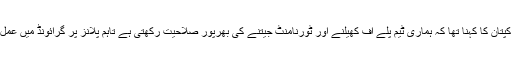
زلمی کے کپتان کا کہنا تھا کہ ہماری ٹیم پلے آف کھیلنے اور ٹورنامنٹ جیتنے کی بھرپور صلاحیت رکھتی ہے تاہم پلانز پر گرائونڈ میں عمل کرنا ہوگا۔